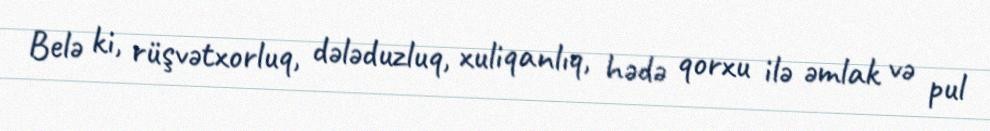
Belə ki, rüşvətxorluq, dələduzluq, xuliqanlıq, hədə qorxu ilə əmlak və pul